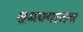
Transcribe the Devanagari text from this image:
श्रमण्यातच